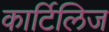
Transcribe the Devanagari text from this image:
कार्टिलिज